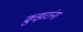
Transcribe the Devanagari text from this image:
क्रुझरांना